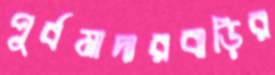
পূর্বমাদারবাড়ির